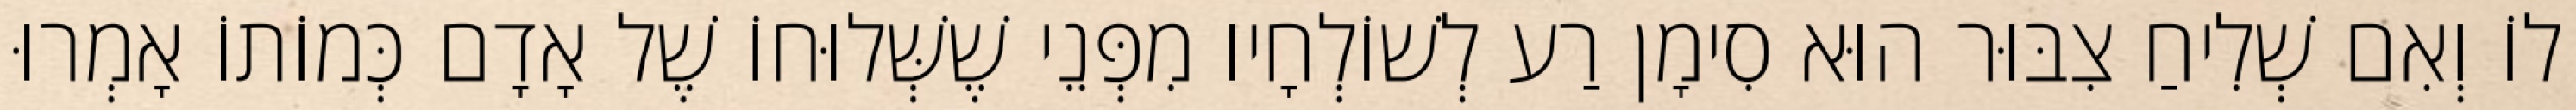
לוֹ וְאִם שְׁלִיחַ צִבּוּר הוּא סִימָן רַע לְשׁוֹלְחָיו מִפְּנֵי שֶׁשְּׁלוּחוֹ שֶׁל אָדָם כְּמוֹתוֹ אָמְרוּ